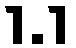
1.1